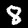
Digit: 8